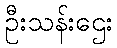
ဦးသန်းဌေး